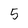
Character: 5